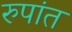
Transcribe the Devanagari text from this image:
रुपांत